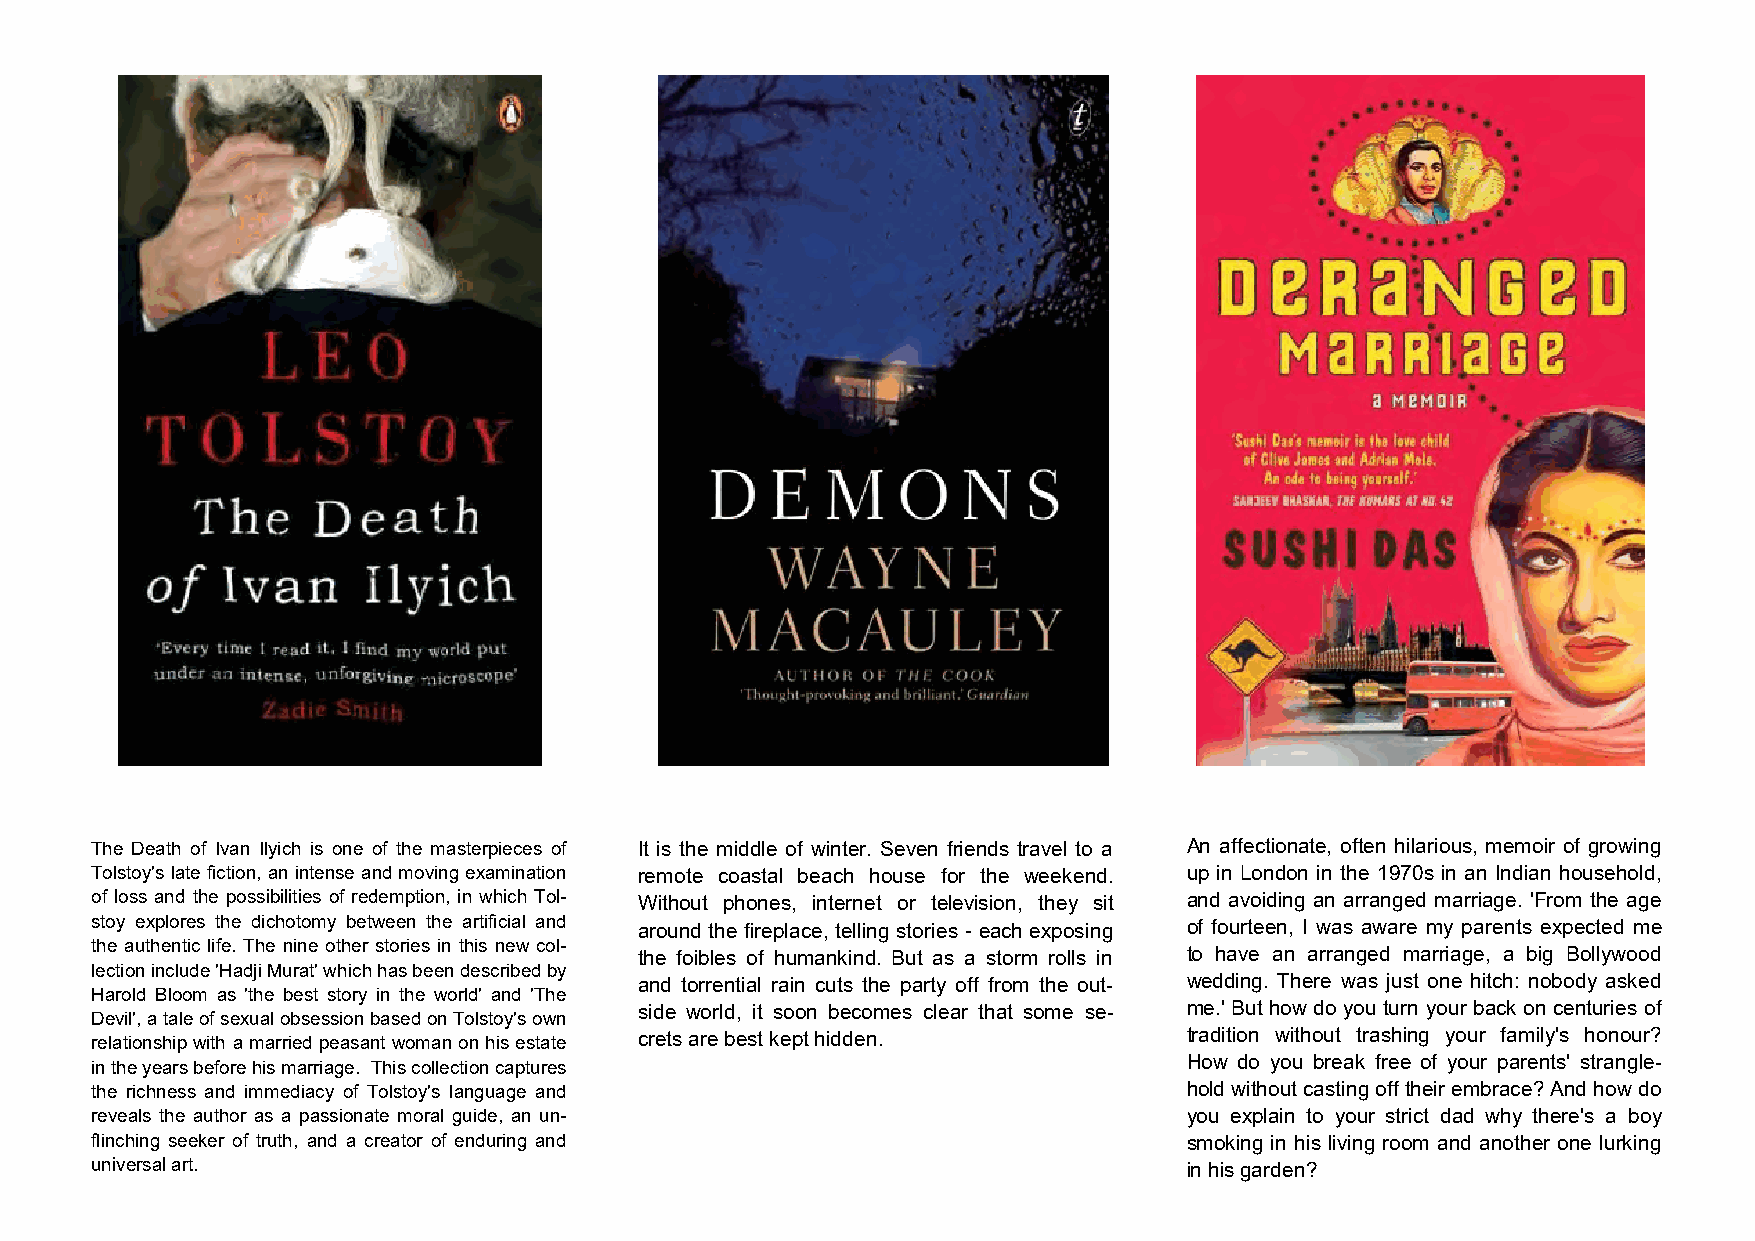
The Death of Ivan Ilyich is one of the masterpieces of It is the middle of winter. Seven friends travel to a An affectionate, often hilarious, memoir of growing
 Tolstoy's late fiction, an intense and moving examination remote coastal beach house for the weekend. up in London in the 1970s in an Indian household,
 of loss and the possibilities of redemption, in which Tol- Without phones, internet or television, they sit and avoiding an arranged marriage. 'From the age
 stoy explores the dichotomy between the artificial and around the fireplace, telling stories - each exposing of fourteen, I was aware my parents expected me
 the authentic life. The nine other stories in this new col-
 the foibles of humankind. But as a storm rolls in to have an arranged marriage, a big Bollywood
 lection include 'Hadji Murat' which has been described by
 and torrential rain cuts the party off from the out- wedding. There was just one hitch: nobody asked
 Harold Bloom as 'the best story in the world' and 'The
 side world, it soon becomes clear that some se- me.' But how do you turn your back on centuries of
 Devil', a tale of sexual obsession based on Tolstoy's own
 relationship with a married peasant woman on his estate crets are best kept hidden. tradition without trashing your family's honour?
 in the years before his marriage. This collection captures               How do you break free of your parents' strangle-
 the richness and immediacy of Tolstoy's language and                     hold without casting off their embrace? And how do
 reveals the author as a passionate moral guide, an un-                   you explain to your strict dad why there's a boy
 flinching seeker of truth, and a creator of enduring and                 smoking in his living room and another one lurking
 universal art.                                                           in his garden?